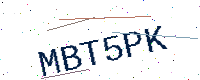
Text: MBT5PK